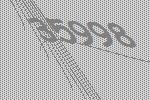
35998